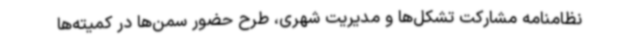
نظامنامه مشارکت تشکل‌ها و مدیریت شهری، طرح حضور سمن‌ها در کمیته‌ها